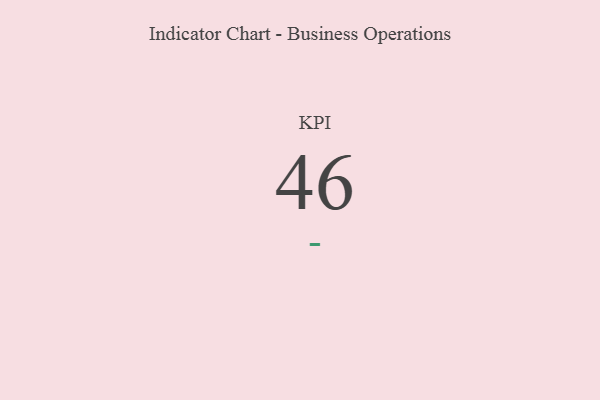
{"axis": {"x": "KPI", "y": "Value"}, "legend": [""], "data": [{"x": "KPI", "y": 46, "type": ""}]}